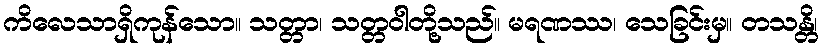
ကိလေသာရှိကုန်သော။ သတ္တာ၊ သတ္တဝါတို့သည်။ မရဏဿ၊ သေခြင်းမှ။ တသန္တိ၊